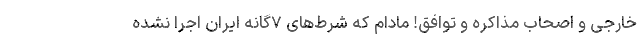
خارجی و اصحاب مذاکره و توافق! مادام که شرط‌های ۷گانه ایران اجرا نشده